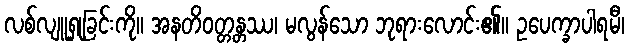
လစ်လျူရှုခြင်းကို။ အနတိဝတ္တန္တဿ၊ မလွန်သော ဘုရားလောင်း၏။ ဥပေက္ခာပါရမီ၊